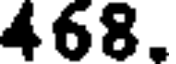
468.